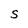
Character: S